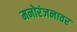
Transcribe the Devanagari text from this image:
मनोरंजनावर